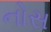
નોસ